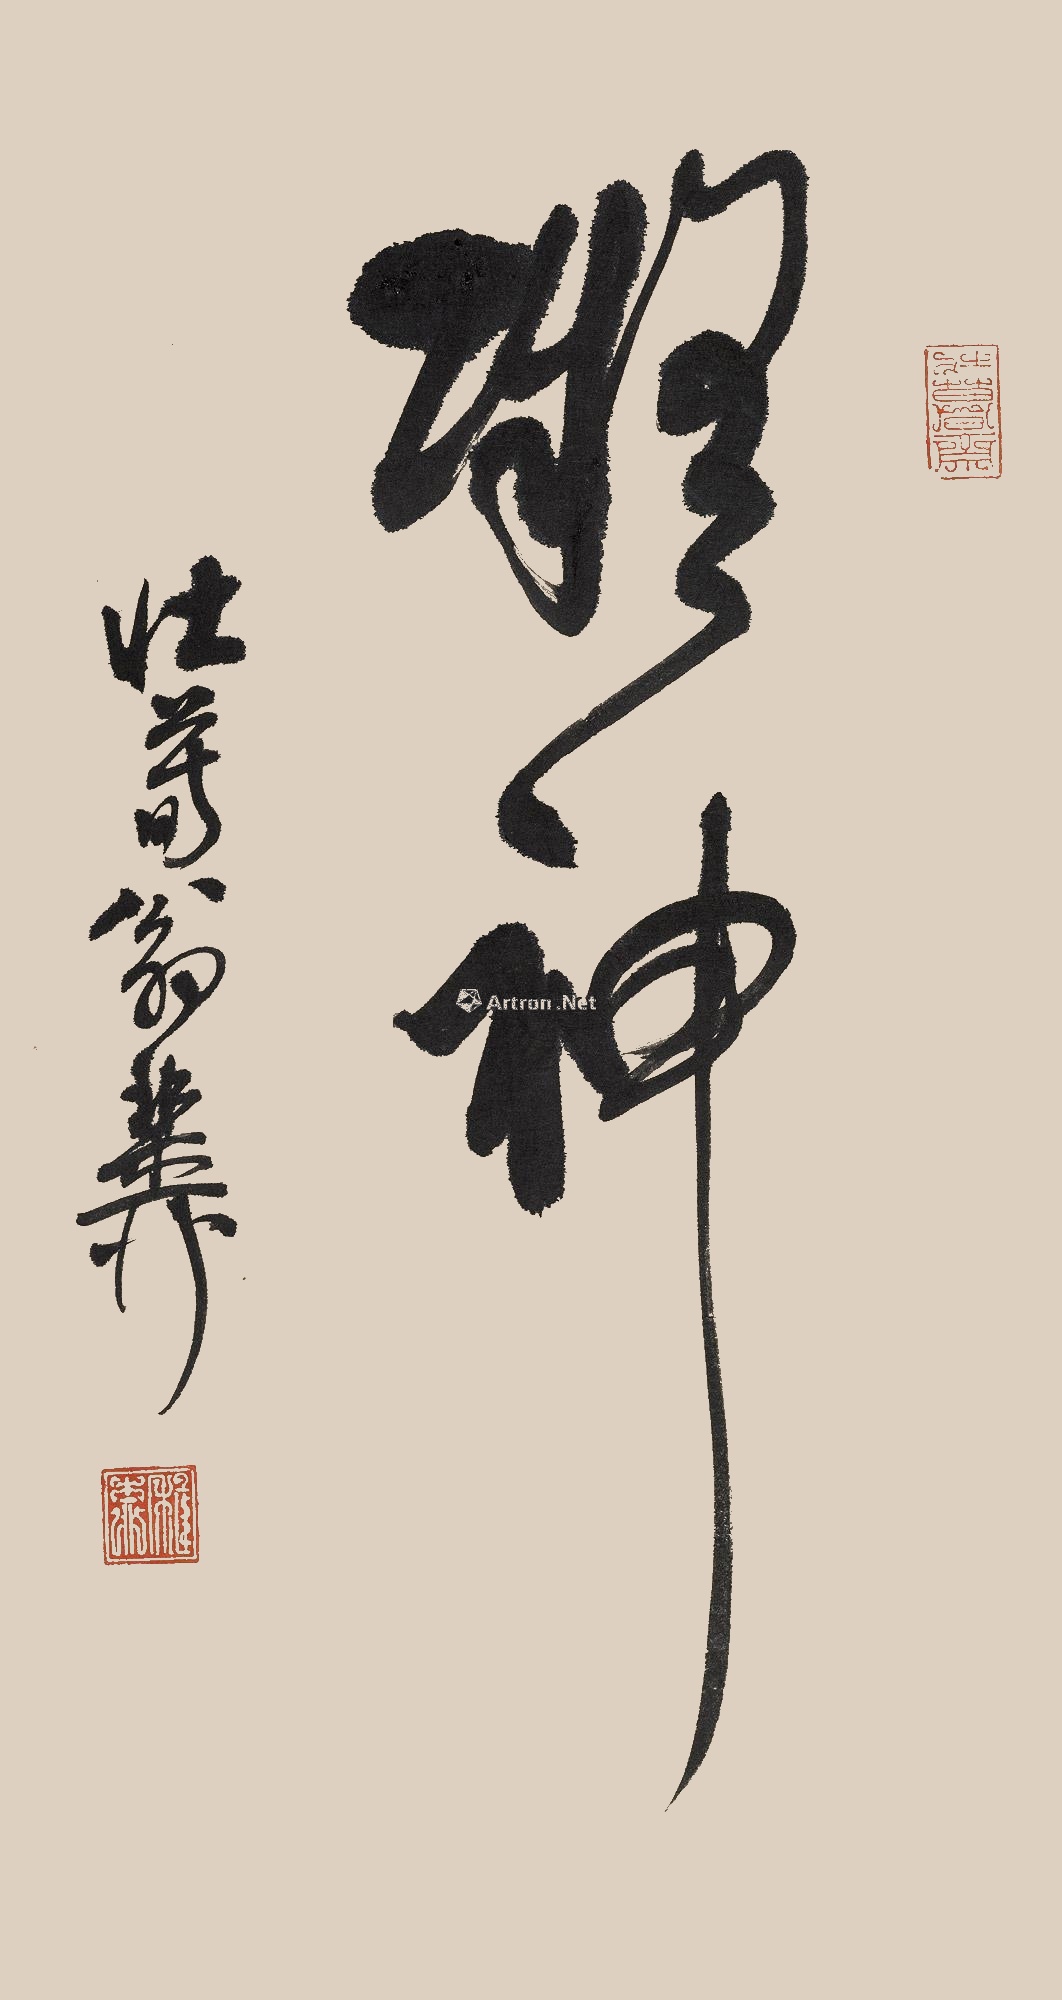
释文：凝神。壮暮翁，稚柳。